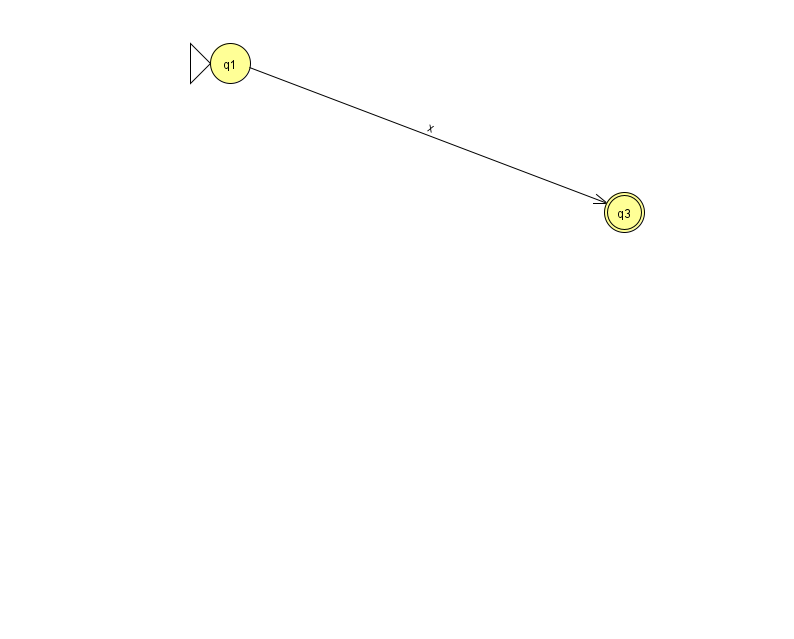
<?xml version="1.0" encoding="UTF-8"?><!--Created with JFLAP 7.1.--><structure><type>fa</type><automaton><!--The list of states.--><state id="1" name="q1"><x>230.0</x><y>50.0</y><initial/></state><state id="3" name="q3"><x>624.0</x><y>199.0</y><final/></state><!--The list of transitions.--><transition><from>1</from><to>3</to><read>x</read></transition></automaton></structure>